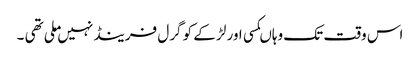
اس وقت تک وہاںکسی اور لڑ کے کو گرل فرینڈ نہیں ملی تھی ۔